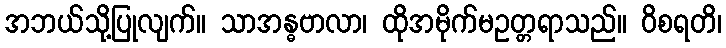
အဘယ်သို့ပြုလျက်။ သာအန္ဓဗာလာ၊ ထိုအမိုက်မဥတ္တရာသည်။ ဝိစရတိ၊